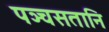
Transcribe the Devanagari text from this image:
पञ्चसतानि